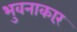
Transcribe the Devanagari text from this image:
भुवनाकारं